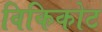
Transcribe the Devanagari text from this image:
विकिकोट